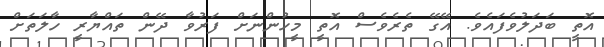
އޮތީ ބަދަލުވެފައެވެ. އޭގޭ ތެރެވެސް އޮތީ މީހުންނަށް ފަރުވާ ދޭން ތައްޔާރީ ހާލަތަށް